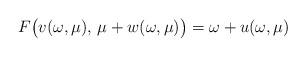
LaTeX: \begin{align*}F\bigl( v(\omega,\mu), \, \mu+w(\omega,\mu) \bigr) = \omega+u(\omega,\mu)\end{align*}